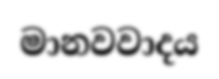
මානවවාදය